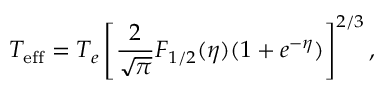
T _ { \mathrm { e f f } } = T _ { e } \left[ \frac { 2 } { \sqrt { \pi } } F _ { 1 / 2 } ( \eta ) ( 1 + e ^ { - \eta } ) \right] ^ { 2 / 3 } ,